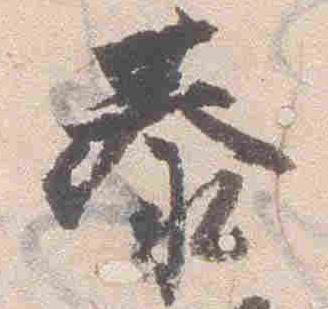
泰